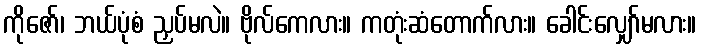
ကိုဇော်၊ ဘယ်ပုံစံ ညှပ်မလဲ။ ဗိုလ်ကေလား။ ကတုံးဆံတောက်လား။ ခေါင်းလျှော်မလား။